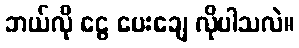
ဘယ်လို ငွေ ပေးချေ လိုပါသလဲ။